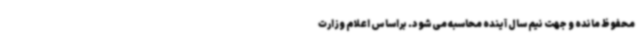
محفوظ مانده و جهت نیم سال آینده محاسبه می‌شود. براساس اعلام وزارت